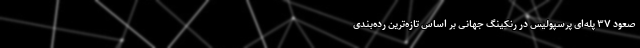
صعود ۳۷ پله‌ای پرسپولیس در رنکینگ جهانی بر اساس تازه‌ترین رده‌بندی